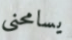
يسامحني